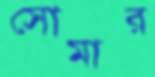
সোমার